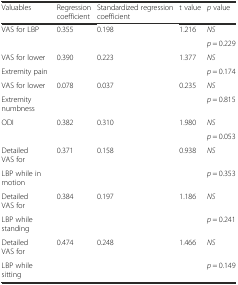
| Valuables | Regression coefficient | Standardized regression coefficient | t value | p value |
 | --- | --- | --- | --- | --- |
 | VAS for LBP | 0.355 | 0.198 | 1.216 | NS |
 |  |  |  |  | p = 0.229 |
 | VAS for lower | 0.390 | 0.223 | 1.377 | NS |
 | Extremity pain |  |  |  | p = 0.174 |
 | VAS for lower | 0.078 | 0.037 | 0.235 | NS |
 | Extremity numbness |  |  |  | p = 0.815 |
 | ODI | 0.382 | 0.310 | 1.980 | NS |
 |  |  |  |  | p = 0.053 |
 | Detailed VAS for | 0.371 | 0.158 | 0.938 | NS |
 | LBP while in motion |  |  |  | p = 0.353 |
 | Detailed VAS for | 0.384 | 0.197 | 1.186 | NS |
 | LBP while standing |  |  |  | p = 0.241 |
 | Detailed VAS for | 0.474 | 0.248 | 1.466 | NS |
 | LBP while sitting |  |  |  | p = 0.149 |